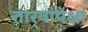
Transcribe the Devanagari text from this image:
तार्‍यांपेक्षा